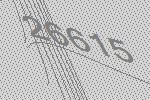
26615